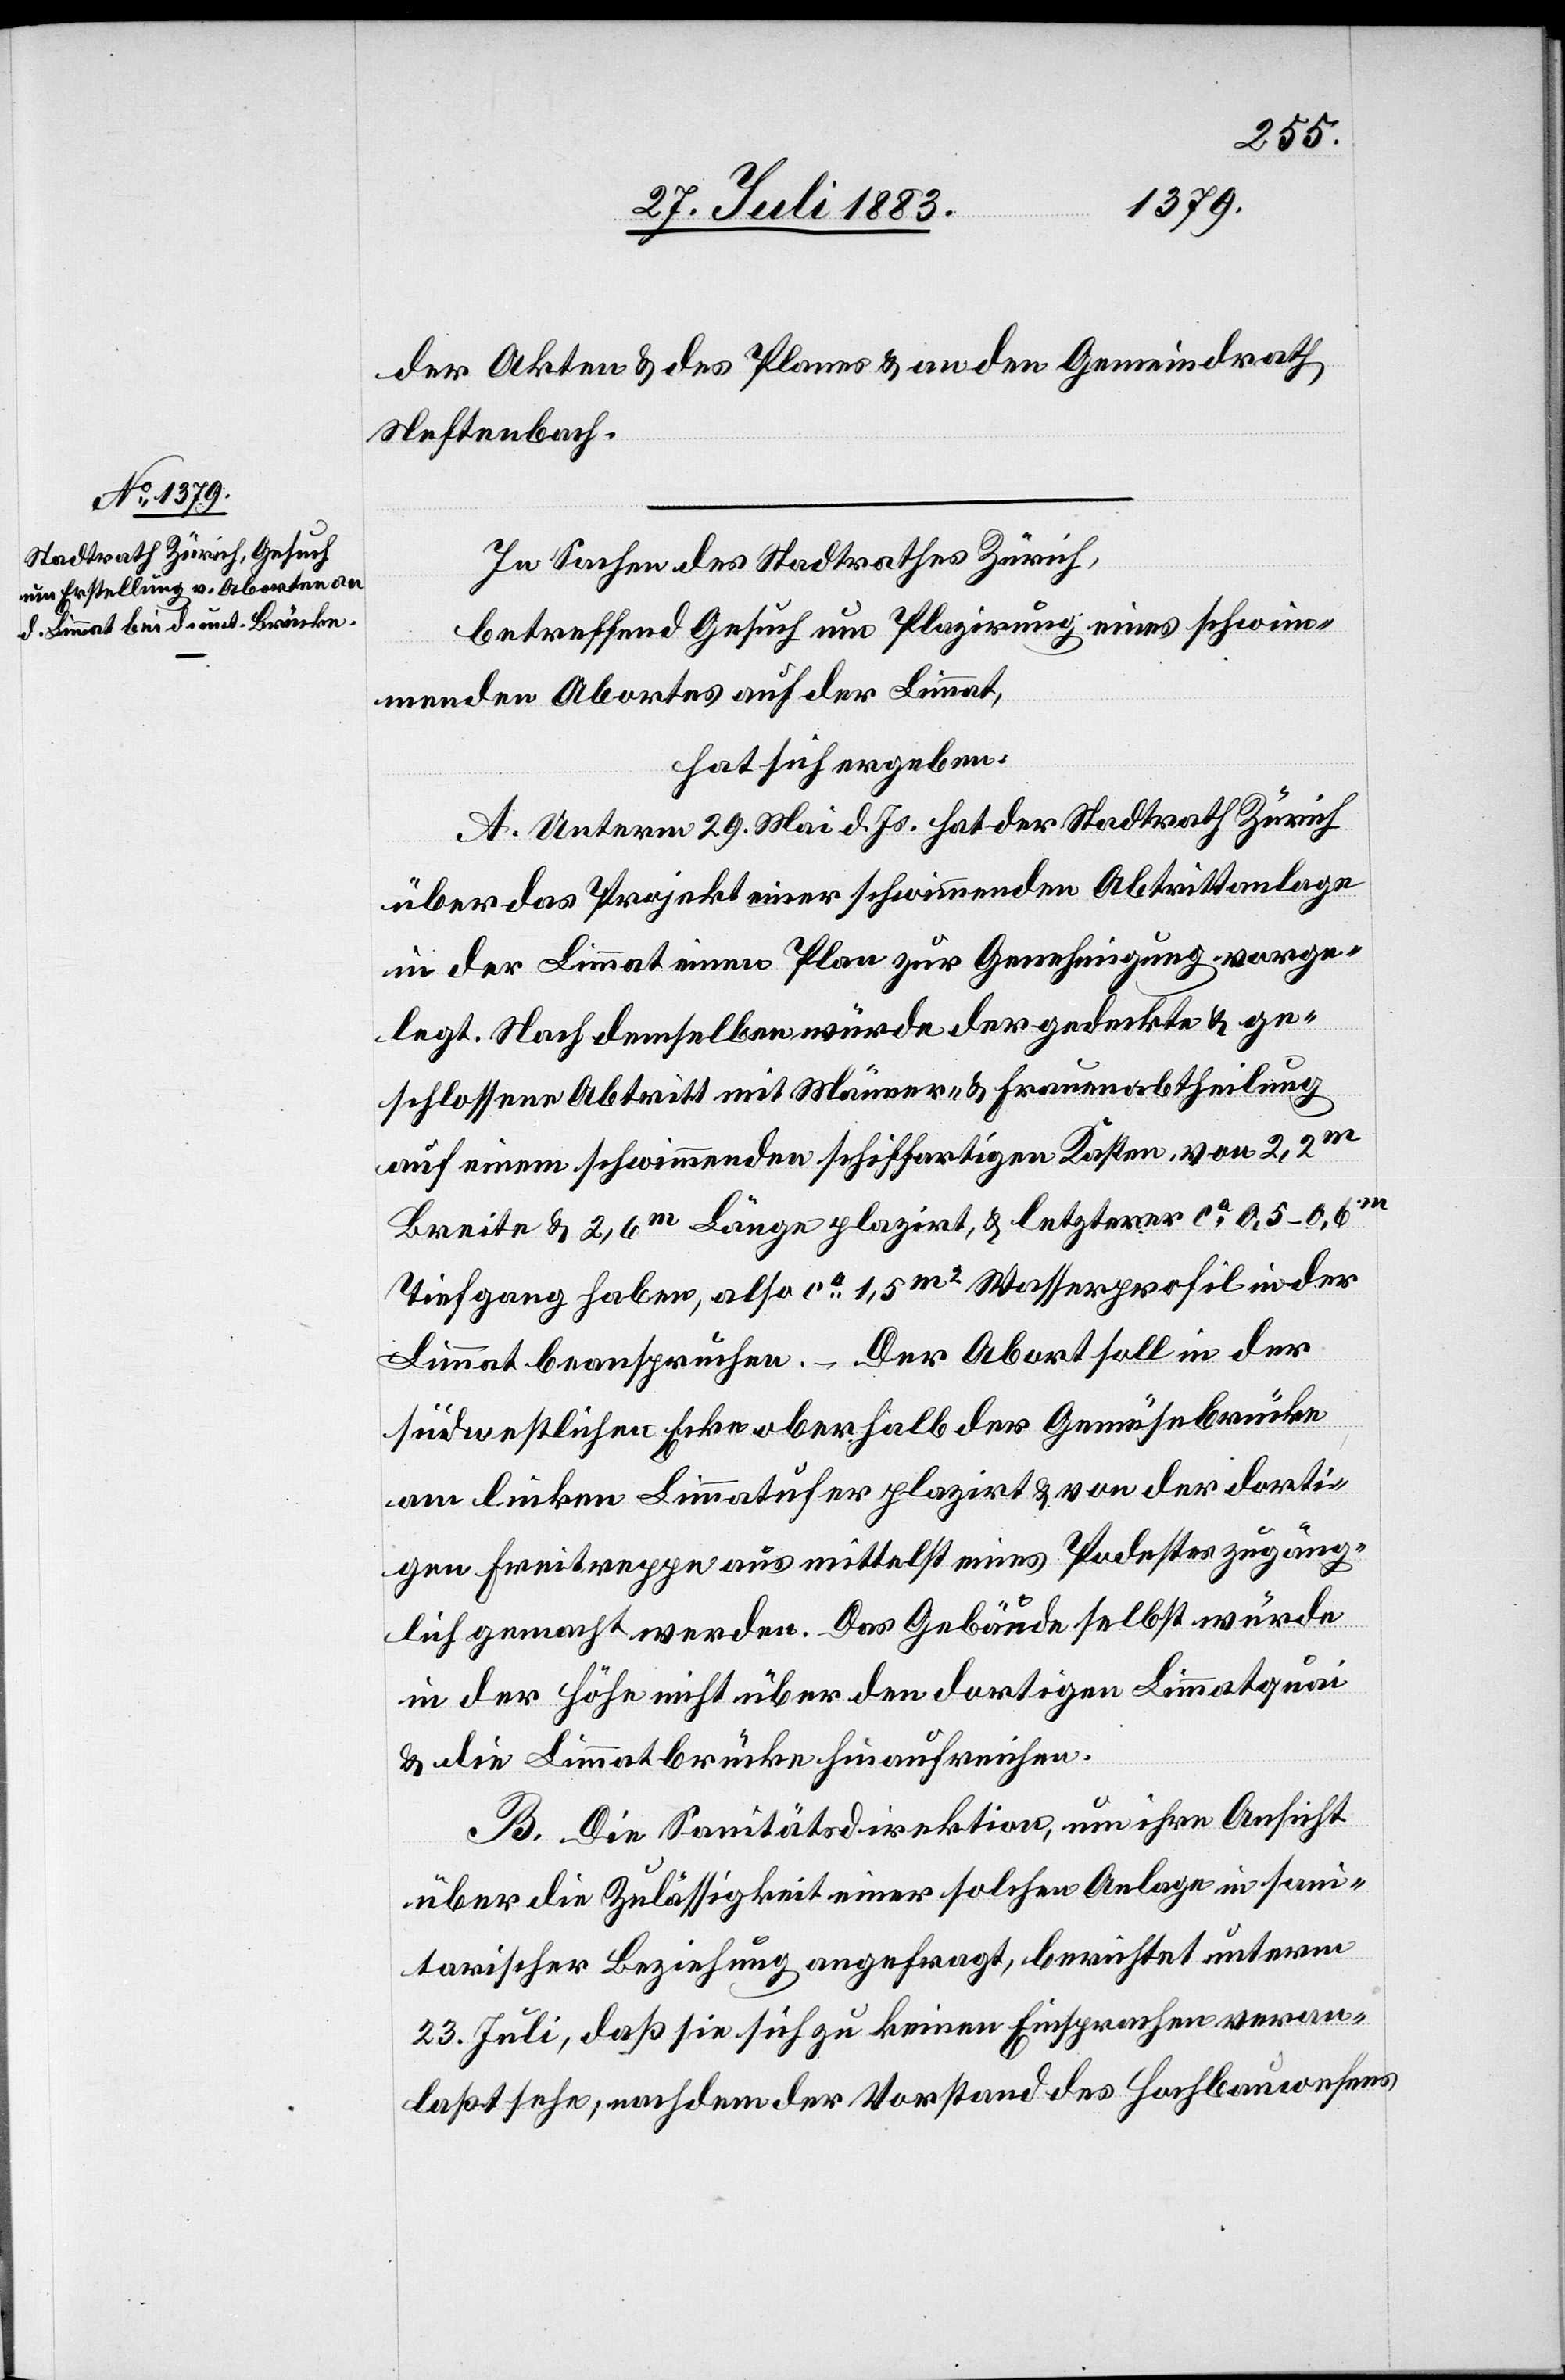
der Akten und des Planes & an den Gemeindrath
Neftenbach.
In Sachen des Stadtrathes Zürich,
betreffend Gesuch um Plazirung eines schwim¬
menden Abortes auf der Limmat,
hat sich ergeben:
A. Unterm 29. Mai d. Js. hat der Stadtrath Zürich
über das Projekt einer schwimmenden Abtrittanlage
in der Limmat einen Plan zur Genehmigung vorge¬
legt. Nach demselben würde der gedeckte & ge¬
schlossene Abtritt mit Männer- & Frauenabtheilung
auf einem schwimmenden schiffartigen Kasten von 2,2m
Breite & 2,6m Länge plazirt, & letzterer ca 0,5–0,6m
Tiefgang haben, also ca 1,5m2 Wasserprofil in der
Limmat beanspruchen. – Der Abort soll in der
südwestlichen Ecke oberhalb der Gemüsebrücke
am linken Limmatufer plazirt & von der dorti¬
gen Freitreppe aus mittelst eines Podestes zugäng¬
lich gemacht werden. Das Gebäude selbst würde
in der Höhe nicht über den dortigen Limmatquai
& die Limmatbrücke hinaufreichen.
B. Die Sanitätsdirektion, um ihre Ansicht
über die Zulässigkeit einer solchen Anlage in sani¬
tarischer Beziehung angefragt, berichtet unterm
23. Juli, daß sie sich zu keinen Einsprachen veran¬
laßt sehe, nachdem der Vorstand des Hochbauwesens